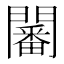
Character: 𨶸